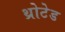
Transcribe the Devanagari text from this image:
थ्रोटेड